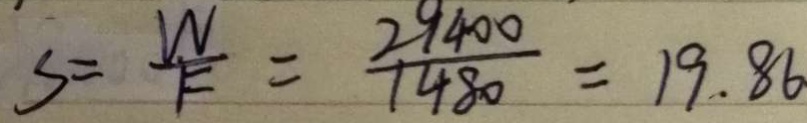
S = \frac { W } { F } = \frac { 2 9 4 0 0 } { 1 4 8 0 } = 1 9 . 8 6